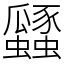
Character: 瓥